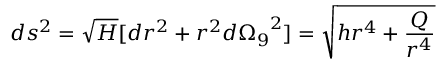
d s ^ { 2 } = \sqrt { H } [ d r ^ { 2 } + r ^ { 2 } { d \Omega _ { 9 } } ^ { 2 } ] = \sqrt { h r ^ { 4 } + \frac { Q } { r ^ { 4 } } }